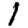
Digit: 1